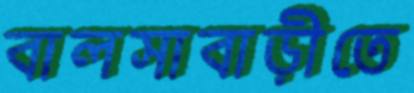
বালসাবাড়ীতে